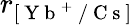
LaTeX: r_{[\mathrm{~Y~b~}^{+}\mathrm{~/~C~s~}]}